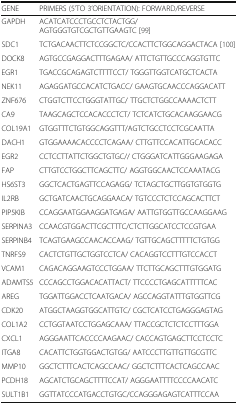
<table><thead><tr><td><b>GENE</b></td><td><b>PRIMERS (5’TO 3’ORIENTATION): FORWARD/REVERSE</b></td></tr></thead><tbody><tr><td>GAPDH</td><td>ACATCATCCCTGCCTCTACTGG/ AGTGGGTGTCGCTGTTGAAGTC [99]</td></tr><tr><td>SDC1</td><td>TCTGACAACTTCTCCGGCTC/CCACTTCTGGCAGGACTACA [100]</td></tr><tr><td>DOCK8</td><td>AGTGCCGAGGACTTTGAGAA/ ATTCTGTTGCCCAGGTGTTC</td></tr><tr><td>EGR1</td><td>TGACCGCAGAGTCTTTTCCT/ TGGGTTGGTCATGCTCACTA</td></tr><tr><td>NEK11</td><td>AGAGGATGCCACATCTGACC/ GAAGTGCAACCCAGGACATT</td></tr><tr><td>ZNF676</td><td>CTGGTCTTCCTGGGTATTGC/ TTGCTCTGGCCAAAACTCTT</td></tr><tr><td>CA9</td><td>TAAGCAGCTCCACACCCTCT/ TCTCATCTGCACAAGGAACG</td></tr><tr><td>COL19A1</td><td>GTGGTTTCTGTGGCAGGTTT/AGTCTGCCTCCTCGCAATTA</td></tr><tr><td>DACH1</td><td>GTGGAAAACACCCCTCAGAA/ CTTGTTCCACATTGCACACC</td></tr><tr><td>EGR2</td><td>CCTCCTTATTCTGGCTGTGC// CTGGGATCATTGGGAAGAGA</td></tr><tr><td>FAP</td><td>CTTGTCCTGGCTTCAGCTTC/ AGGTGGCAACTCCAAATACG</td></tr><tr><td>HS6ST3</td><td>GGCTCACTGAGTTCCAGAGG/ TCTAGCTGCTTGGTGTGGTG</td></tr><tr><td>IL2RB</td><td>GCTGATCAACTGCAGGAACA/ TGTCCCTCTCCAGCACTTCT</td></tr><tr><td>PIP5KIB</td><td>CCAGGAATGGAAGGATGAGA/ AATTGTGGTTGCCAAGGAAG</td></tr><tr><td>SERPINA3</td><td>CCAACGTGGACTTCGCTTTC/CTCTTGGCATCCTCCGTGAA</td></tr><tr><td>SERPINB4</td><td>TCAGTGAAGCCAACACCAAG/ TGTTGCAGCTTTTTCTGTGG</td></tr><tr><td>TNRFS9</td><td>CACTCTGTTGCTGGTCCTCA/ CACAGGTCCTTTGTCCACCT</td></tr><tr><td>VCAM1</td><td>CAGACAGGAAGTCCCTGGAA/ TTCTTGCAGCTTTGTGGATG</td></tr><tr><td>ADAMTS5</td><td>CCCAGCCTGGACACATTACT/ TTCCCCTGAGCATTTTTCAC</td></tr><tr><td>AREG</td><td>TGGATTGGACCTCAATGACA/ AGCCAGGTATTTGTGGTTCG</td></tr><tr><td>CDK20</td><td>ATGGCTAAGGTGGCATTGTC/ CGCTCATCCTGAGGGAGTAG</td></tr><tr><td>COL1A2</td><td>CCTGGTAATCCTGGAGCAAA/ TTACCGCTCTCTCCTTTGGA</td></tr><tr><td>CXCL1</td><td>AGGGAATTCACCCCAAGAAC/ CACCAGTGAGCTTCCTCCTC</td></tr><tr><td>ITGA8</td><td>CACATTCTGGTGGACTGTGG/ AATCCCTTGTTGTTGCGTTC</td></tr><tr><td>MMP10</td><td>GGCTCTTTCACTCAGCCAAC/ GGCTCTTTCACTCAGCCAAC</td></tr><tr><td>PCDH18</td><td>AGCATCTGCAGCTTTTCCAT/ AGGGAATTTTCCCCAACATC</td></tr><tr><td>SULT1B1</td><td>GGTTATCCCATGACCTGTGC/CCAGGGAGAGTCATTTCCAA</td></tr></tbody></table>